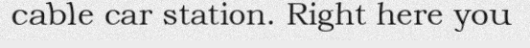
cable car station. Right here you